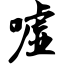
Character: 嘘